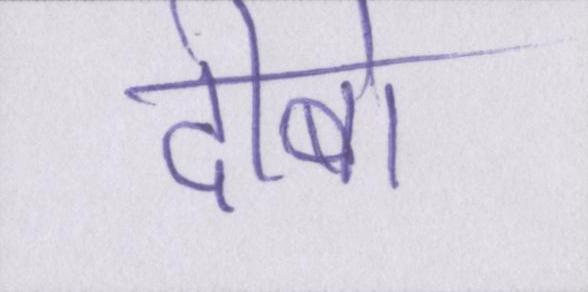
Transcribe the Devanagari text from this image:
दीबो